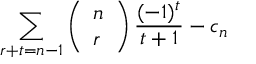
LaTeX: \sum _ { r + t = n - 1 } \left( \begin{array} { l } { { n } } \\ { { r } } \end{array} \right) \frac { ( - 1 ) ^ { t } } { t + 1 } - c _ { n }